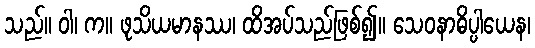
သည်။ ဝါ၊ က။ ဖုသိယမာနဿ၊ ထိအပ်သည်ဖြစ်၍။ သေဝနာဓိပ္ပါယေန၊